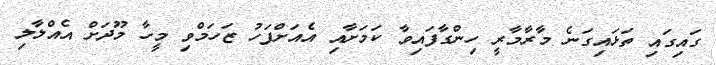
ގައިގައި ތަޅައިގަނެ މާރާމާރީ ހިންގާފައިވާ ކަަމަށާއި އެއަށްފަހު ޒަހަމްވި މީހާ މޫދަށް އެއްލާލި